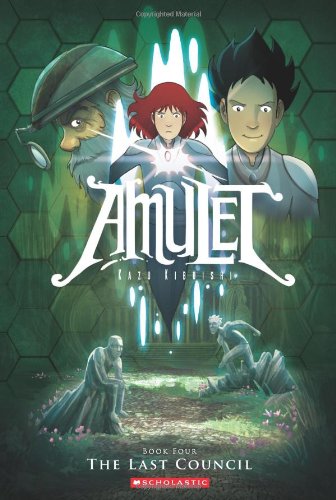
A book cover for The Last Council (Amulet #4); Kazu Kibuishi; Children's Books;